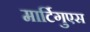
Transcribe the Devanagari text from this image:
मार्टिगुएस